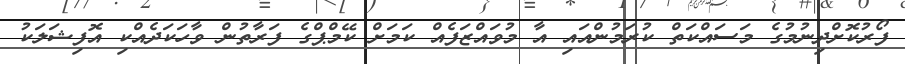
ފޯރުކޮށްދިނުމުގެ މަސައްކަތް ކުރަމުންއައި އާ މުވައްޒަފެއް ކަމަށް ކޭމްޕްގެ ފަރާތުން ވާހަކަދެއްކި އޮފިޝަލަކު